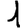
Digit: 1